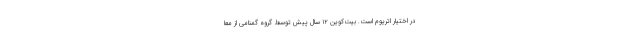
در اختیار اتریوم است. بیت‌کوین ۱۲ سال پیش توسط گروه گمنامی از معا